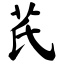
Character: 芪